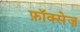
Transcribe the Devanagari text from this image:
फ़ॉक्सेज़